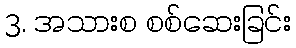
3. အသားစ စစ်ဆေးခြင်း